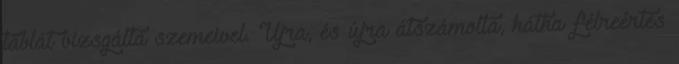
táblát vizsgálta szemeivel. Újra, és újra átszámolta, hátha félreértés